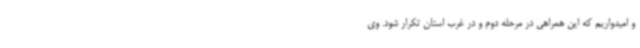
و امیدواریم که این همراهی در مرحله دوم و در غرب استان تکرار شود. وی